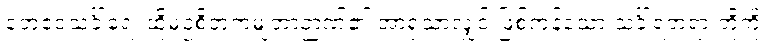
တေဧဝသင်္ခါရေ၊ ထိုမုဉှစိတုကမျတာဉာဏ်၏ အာရုံသာလျှင် ဖြစ်ကုန်သော သင်္ခါရတရားတို့ကို။